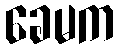
ခေမက